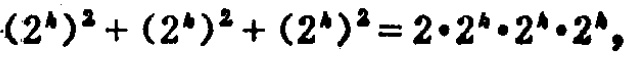
\((2^{k})^{2}+(2^{k})^{2}+(2^{k})^{2}=2\cdot2^{k}\cdot2^{k}\cdot2^{k}\)